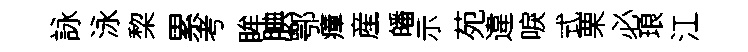
詠泳棃累考眸腆鄂瘴産皤示苑違唳式栗必琅江